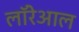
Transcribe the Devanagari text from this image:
लॉरेआल